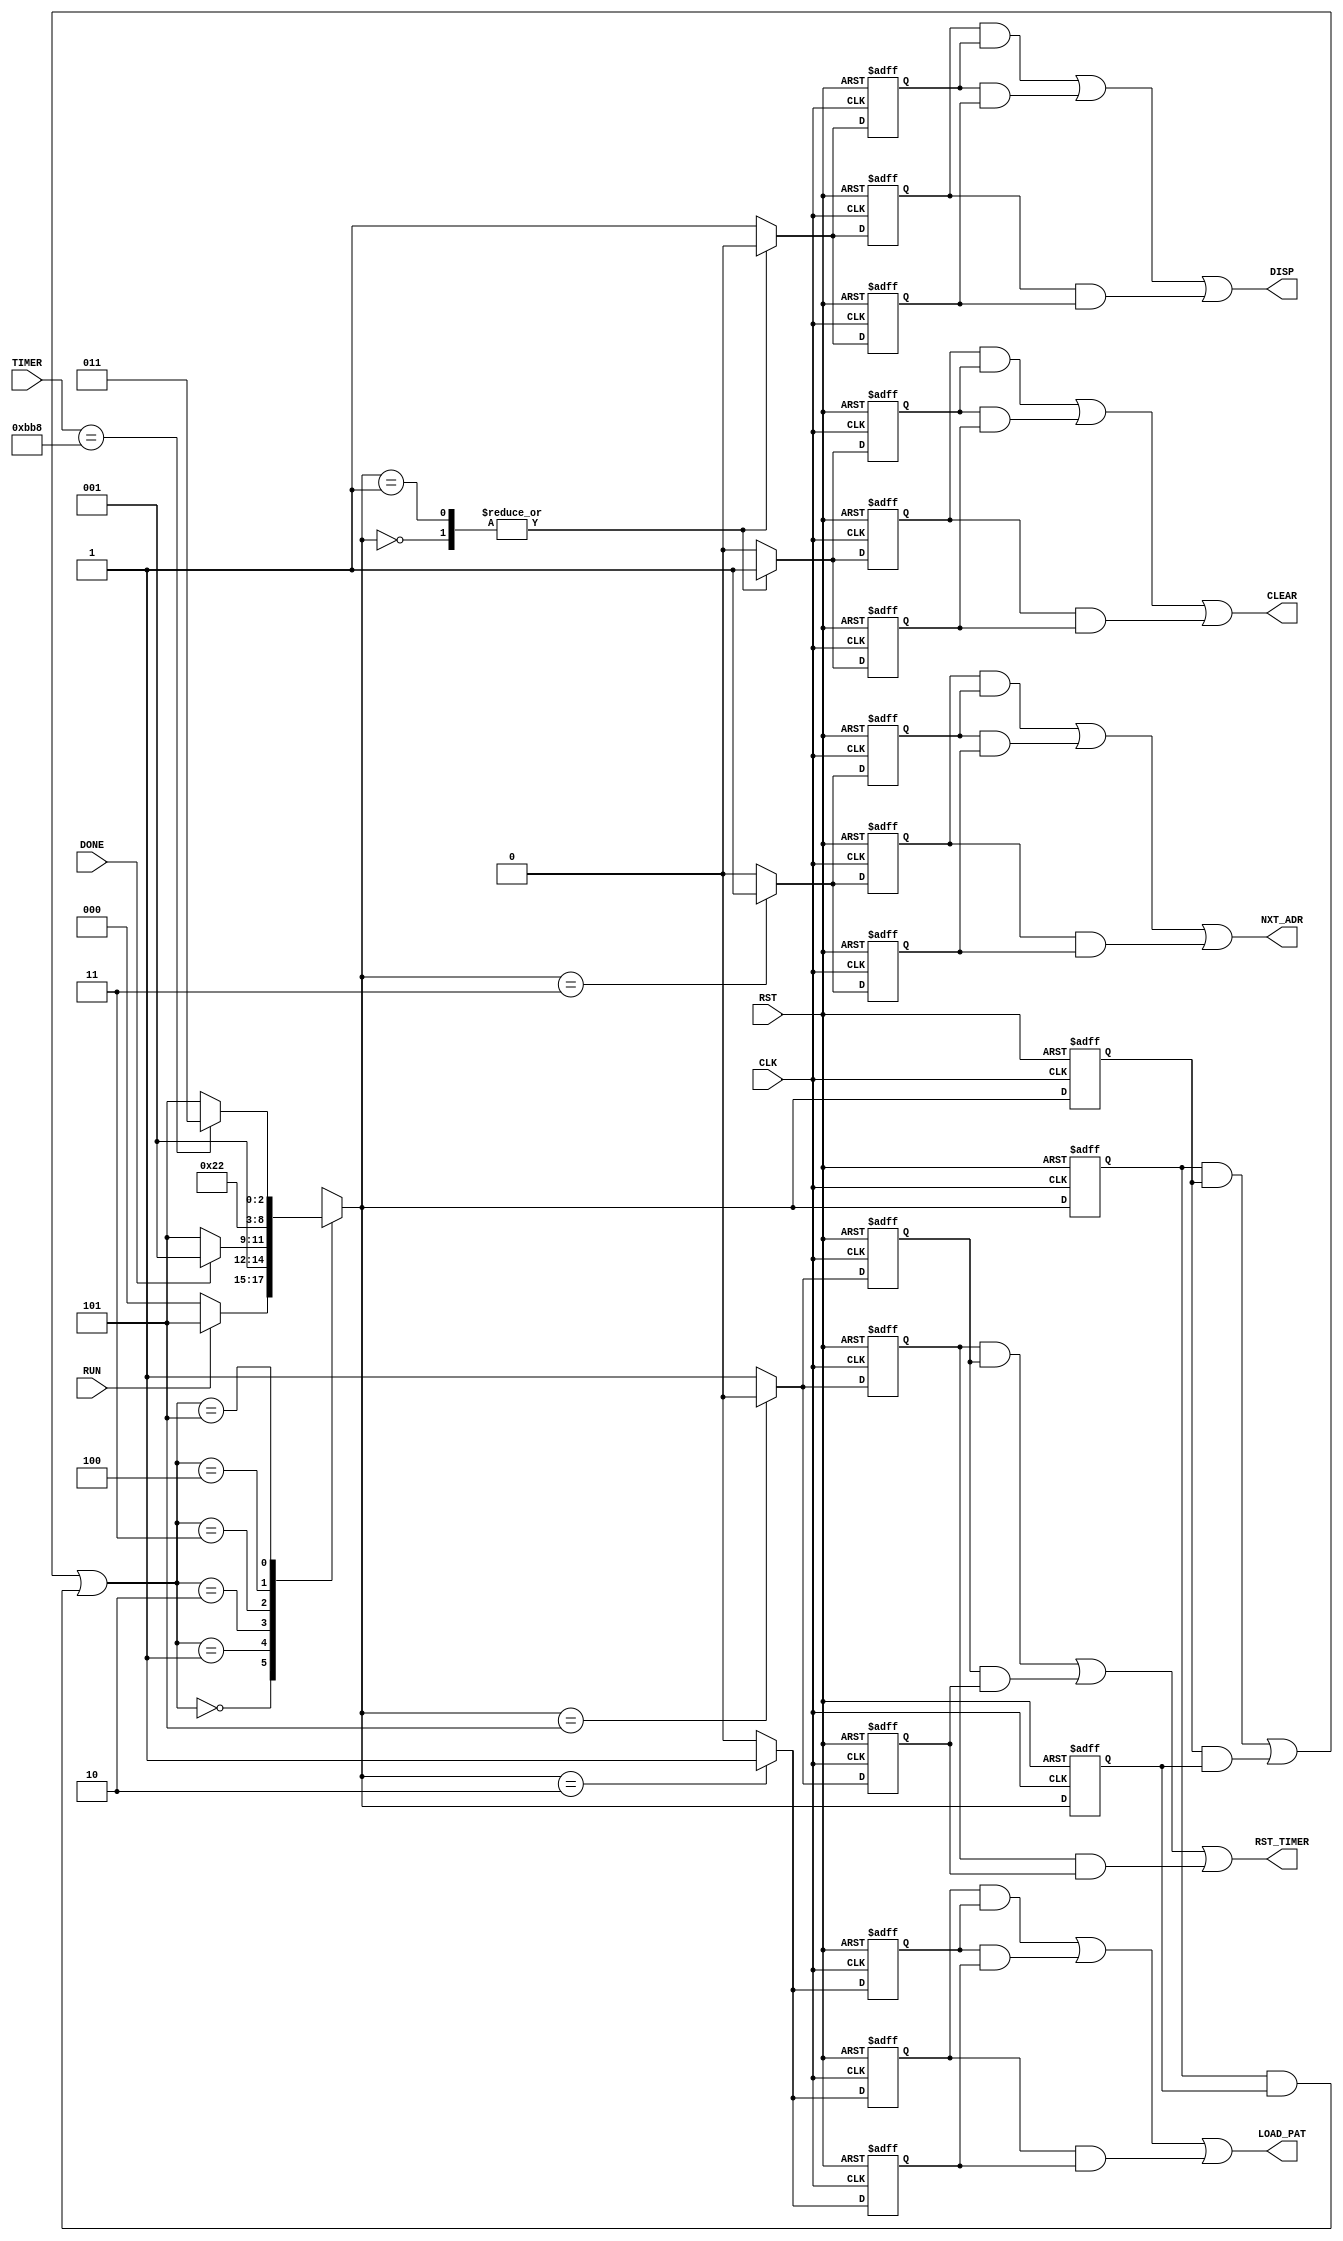

// Created by fizzim_tmr.pl version $Revision: 4.44 on 2014:09:02 at 14:34:45 (www.fizzim.com)

module Startup_Display_FSM_TMR (
  output CLEAR,
  output DISP,
  output LOAD_PAT,
  output NXT_ADR,
  output RST_TIMER,
  input CLK,
  input DONE,
  input RST,
  input RUN,
  input wire [15:0] TIMER 
);

  // state bits
  parameter 
  Reset = 3'b000, 
  End   = 3'b001, 
  Load  = 3'b010, 
  Next  = 3'b011, 
  Skip  = 3'b100, 
  Wait  = 3'b101; 

  (* syn_preserve = "true" *) reg [2:0] state_1;
  (* syn_preserve = "true" *) reg [2:0] state_2;
  (* syn_preserve = "true" *) reg [2:0] state_3;

  (* syn_keep = "true" *) wire [2:0] voted_state_1;
  (* syn_keep = "true" *) wire [2:0] voted_state_2;
  (* syn_keep = "true" *) wire [2:0] voted_state_3;

  assign voted_state_1     = (state_1     & state_2    ) | (state_2     & state_3    ) | (state_1     & state_3    ); // Majority logic
  assign voted_state_2     = (state_1     & state_2    ) | (state_2     & state_3    ) | (state_1     & state_3    ); // Majority logic
  assign voted_state_3     = (state_1     & state_2    ) | (state_2     & state_3    ) | (state_1     & state_3    ); // Majority logic

  (* syn_keep = "true" *) reg [2:0] nextstate_1;
  (* syn_keep = "true" *) reg [2:0] nextstate_2;
  (* syn_keep = "true" *) reg [2:0] nextstate_3;

  (* syn_preserve = "true" *)  reg CLEAR_1;
  (* syn_preserve = "true" *)  reg CLEAR_2;
  (* syn_preserve = "true" *)  reg CLEAR_3;
  (* syn_preserve = "true" *)  reg DISP_1;
  (* syn_preserve = "true" *)  reg DISP_2;
  (* syn_preserve = "true" *)  reg DISP_3;
  (* syn_preserve = "true" *)  reg LOAD_PAT_1;
  (* syn_preserve = "true" *)  reg LOAD_PAT_2;
  (* syn_preserve = "true" *)  reg LOAD_PAT_3;
  (* syn_preserve = "true" *)  reg NXT_ADR_1;
  (* syn_preserve = "true" *)  reg NXT_ADR_2;
  (* syn_preserve = "true" *)  reg NXT_ADR_3;
  (* syn_preserve = "true" *)  reg RST_TIMER_1;
  (* syn_preserve = "true" *)  reg RST_TIMER_2;
  (* syn_preserve = "true" *)  reg RST_TIMER_3;

  // Assignment of outputs and flags to voted majority logic of replicated registers
  assign CLEAR     = (CLEAR_1     & CLEAR_2    ) | (CLEAR_2     & CLEAR_3    ) | (CLEAR_1     & CLEAR_3    ); // Majority logic
  assign DISP      = (DISP_1      & DISP_2     ) | (DISP_2      & DISP_3     ) | (DISP_1      & DISP_3     ); // Majority logic
  assign LOAD_PAT  = (LOAD_PAT_1  & LOAD_PAT_2 ) | (LOAD_PAT_2  & LOAD_PAT_3 ) | (LOAD_PAT_1  & LOAD_PAT_3 ); // Majority logic
  assign NXT_ADR   = (NXT_ADR_1   & NXT_ADR_2  ) | (NXT_ADR_2   & NXT_ADR_3  ) | (NXT_ADR_1   & NXT_ADR_3  ); // Majority logic
  assign RST_TIMER = (RST_TIMER_1 & RST_TIMER_2) | (RST_TIMER_2 & RST_TIMER_3) | (RST_TIMER_1 & RST_TIMER_3); // Majority logic

  // Assignment of error detection logic to replicated signals

  // comb always block
  always @* begin
    nextstate_1 = 3'bxxx; // default to x because default_state_is_x is set
    nextstate_2 = 3'bxxx; // default to x because default_state_is_x is set
    nextstate_3 = 3'bxxx; // default to x because default_state_is_x is set
    case (voted_state_1)
      Reset: if (RUN)               nextstate_1 = Wait;
             else                   nextstate_1 = Reset;
      End  :                        nextstate_1 = End;
      Load : if (DONE)              nextstate_1 = End;
             else                   nextstate_1 = Wait;
      Next :                        nextstate_1 = Skip;
      Skip :                        nextstate_1 = Load;
      Wait : if (TIMER == 16'hBB8)  nextstate_1 = Next;
             else                   nextstate_1 = Wait;
    endcase
    case (voted_state_2)
      Reset: if (RUN)               nextstate_2 = Wait;
             else                   nextstate_2 = Reset;
      End  :                        nextstate_2 = End;
      Load : if (DONE)              nextstate_2 = End;
             else                   nextstate_2 = Wait;
      Next :                        nextstate_2 = Skip;
      Skip :                        nextstate_2 = Load;
      Wait : if (TIMER == 16'hBB8)  nextstate_2 = Next;
             else                   nextstate_2 = Wait;
    endcase
    case (voted_state_3)
      Reset: if (RUN)               nextstate_3 = Wait;
             else                   nextstate_3 = Reset;
      End  :                        nextstate_3 = End;
      Load : if (DONE)              nextstate_3 = End;
             else                   nextstate_3 = Wait;
      Next :                        nextstate_3 = Skip;
      Skip :                        nextstate_3 = Load;
      Wait : if (TIMER == 16'hBB8)  nextstate_3 = Next;
             else                   nextstate_3 = Wait;
    endcase
  end

  // Assign reg'd outputs to state bits

  // sequential always block
  always @(posedge CLK or posedge RST) begin
    if (RST) begin
      state_1 <= Reset;
      state_2 <= Reset;
      state_3 <= Reset;
    end
    else begin
      state_1 <= nextstate_1;
      state_2 <= nextstate_2;
      state_3 <= nextstate_3;
    end
  end

  // datapath sequential always block
  always @(posedge CLK or posedge RST) begin
    if (RST) begin
      CLEAR_1 <= 0;
      CLEAR_2 <= 0;
      CLEAR_3 <= 0;
      DISP_1 <= 1;
      DISP_2 <= 1;
      DISP_3 <= 1;
      LOAD_PAT_1 <= 0;
      LOAD_PAT_2 <= 0;
      LOAD_PAT_3 <= 0;
      NXT_ADR_1 <= 0;
      NXT_ADR_2 <= 0;
      NXT_ADR_3 <= 0;
      RST_TIMER_1 <= 1;
      RST_TIMER_2 <= 1;
      RST_TIMER_3 <= 1;
    end
    else begin
      CLEAR_1 <= 0; // default
      CLEAR_2 <= 0; // default
      CLEAR_3 <= 0; // default
      DISP_1 <= 1; // default
      DISP_2 <= 1; // default
      DISP_3 <= 1; // default
      LOAD_PAT_1 <= 0; // default
      LOAD_PAT_2 <= 0; // default
      LOAD_PAT_3 <= 0; // default
      NXT_ADR_1 <= 0; // default
      NXT_ADR_2 <= 0; // default
      NXT_ADR_3 <= 0; // default
      RST_TIMER_1 <= 1; // default
      RST_TIMER_2 <= 1; // default
      RST_TIMER_3 <= 1; // default
      case (nextstate_1)
        Reset: begin
                      CLEAR_1 <= 1;
                      DISP_1 <= 0;
        end
        End  : begin
                      CLEAR_1 <= 1;
                      DISP_1 <= 0;
        end
        Load :        LOAD_PAT_1 <= 1;
        Next :        NXT_ADR_1 <= 1;
        Wait :        RST_TIMER_1 <= 0;
      endcase
      case (nextstate_2)
        Reset: begin
                      CLEAR_2 <= 1;
                      DISP_2 <= 0;
        end
        End  : begin
                      CLEAR_2 <= 1;
                      DISP_2 <= 0;
        end
        Load :        LOAD_PAT_2 <= 1;
        Next :        NXT_ADR_2 <= 1;
        Wait :        RST_TIMER_2 <= 0;
      endcase
      case (nextstate_3)
        Reset: begin
                      CLEAR_3 <= 1;
                      DISP_3 <= 0;
        end
        End  : begin
                      CLEAR_3 <= 1;
                      DISP_3 <= 0;
        end
        Load :        LOAD_PAT_3 <= 1;
        Next :        NXT_ADR_3 <= 1;
        Wait :        RST_TIMER_3 <= 0;
      endcase
    end
  end

  // This code allows you to see state names in simulation
  `ifndef SYNTHESIS
  reg [39:0] statename;
  always @* begin
    case (state_1)
      Reset:   statename = "Reset";
      End  :   statename = "End";
      Load :   statename = "Load";
      Next :   statename = "Next";
      Skip :   statename = "Skip";
      Wait :   statename = "Wait";
      default: statename = "XXXXX";
    endcase
  end
  `endif

endmodule